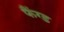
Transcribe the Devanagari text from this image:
फैंग्ड